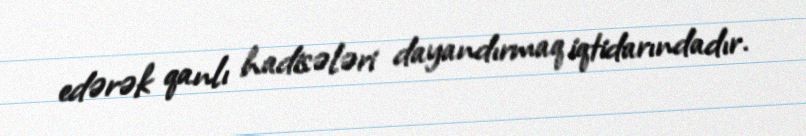
edərək qanlı hadisələri dayandırmaq iqtidarındadır.